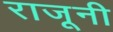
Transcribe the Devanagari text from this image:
राजूनी